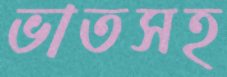
ভাতসহ